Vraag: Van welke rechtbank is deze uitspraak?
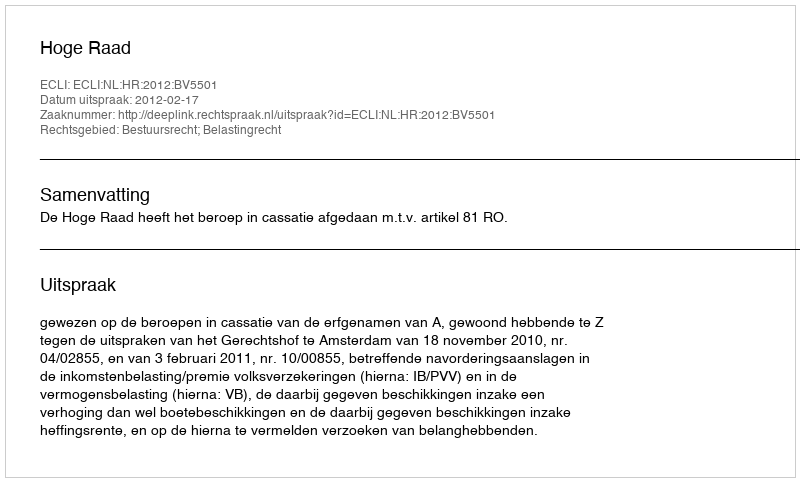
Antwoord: Hoge Raad